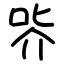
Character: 㖎